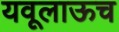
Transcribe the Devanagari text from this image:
यवूलाऊच